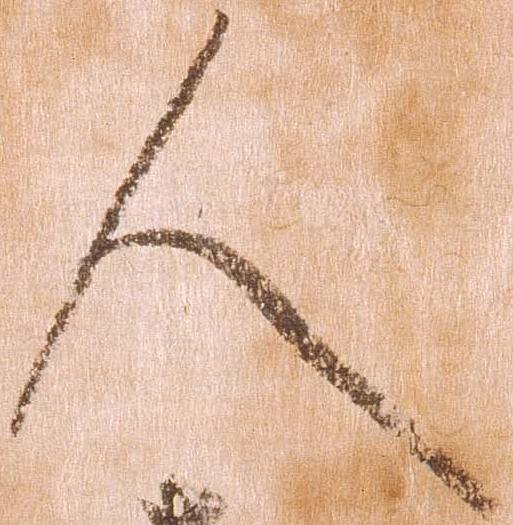
人